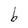
Character: b